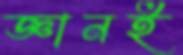
জ্ঞানই